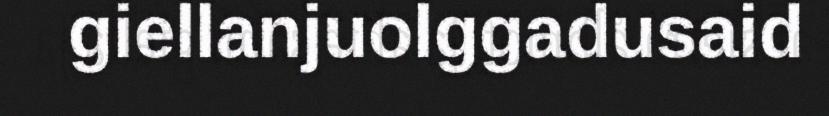
giellanjuolggadusaid